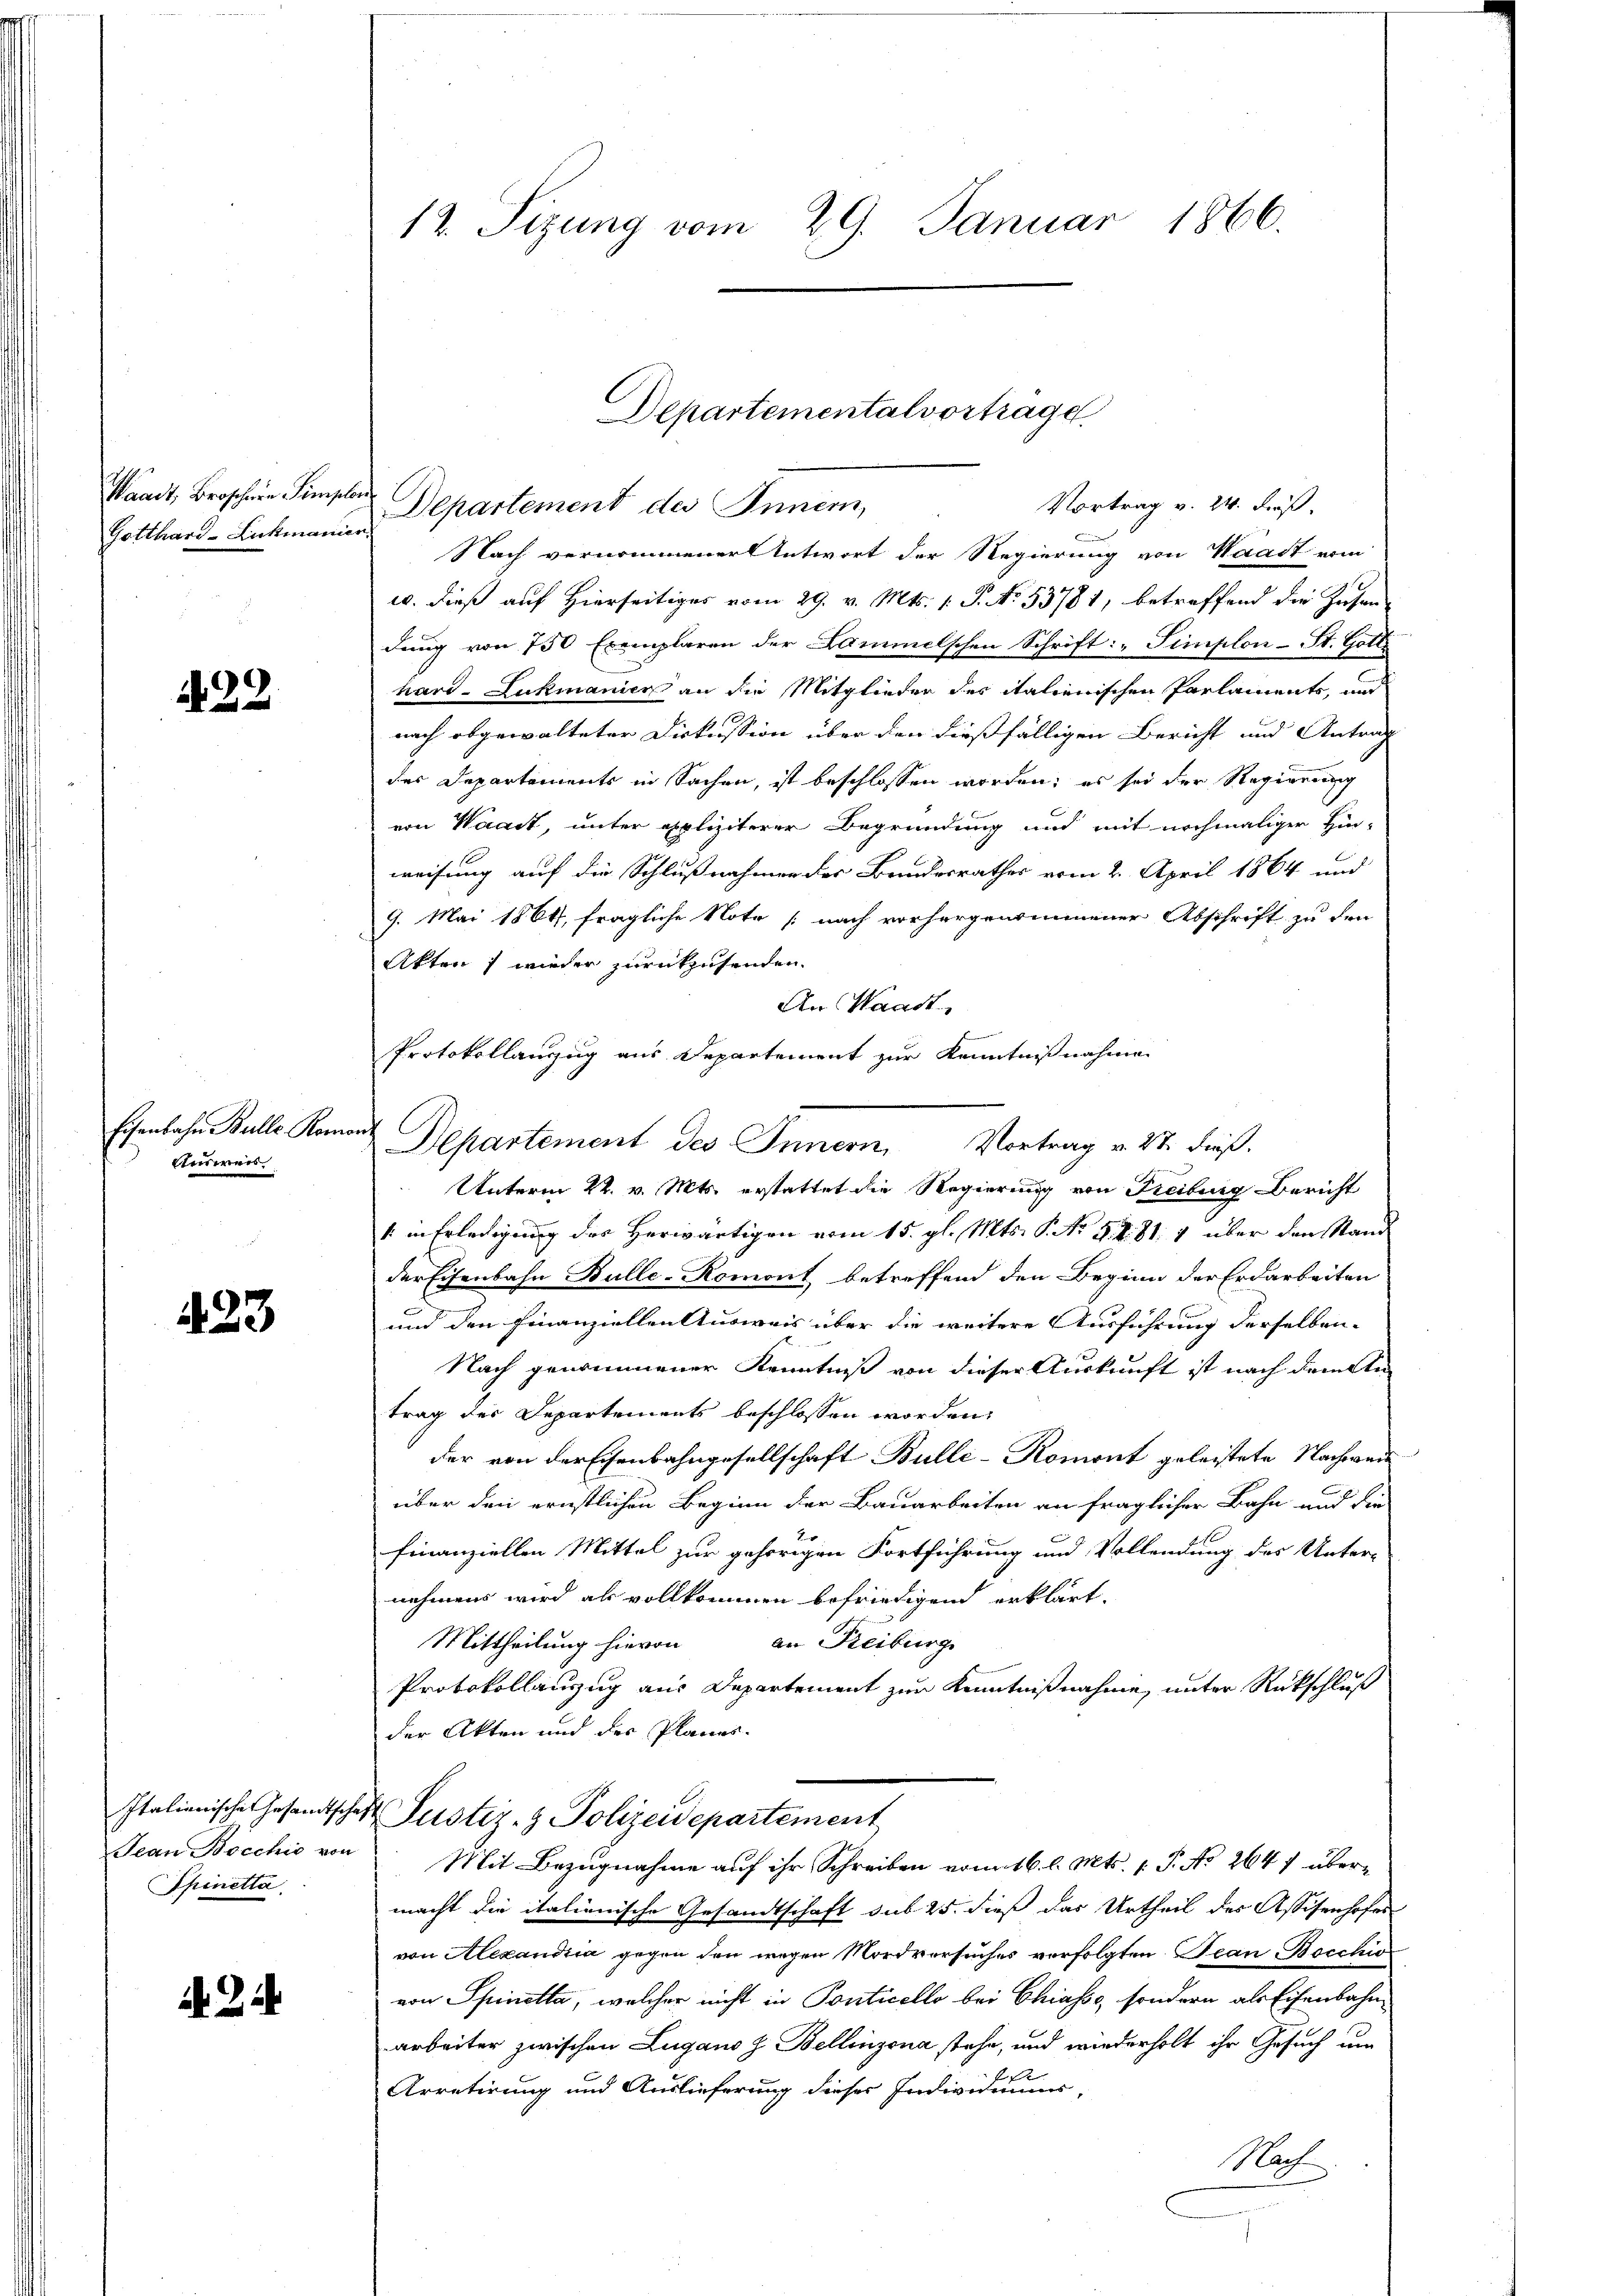
Gotthard-Lickmanier.

22

Eisenbahn Bulle. Romont
Ausweis

423

Thinella

12. Sizung vom 29. Januar 1866.

Waadt, Broschen Simpler Departement des Innen,
E
Nach vernommener Antwort der Regierung von Waadt vom
u. dieß auf Hierseitiges vom 29. v. Mts. 1. P. No. 53781, betreffend die Zahan-
dung von 750 Exemplaren der Lammelschen Schrift: „Simplon-St. Gotti
hard-Lukmanier an die Mitglieden des italienischen Parlaments, und
nach abgewalteter Diskussion über den dießfälligen Bericht und Antrag
des Departements in Sachen, ist beschlossen worden; es sei der Regierung
von Waadt, unter appliziterer Begründung und mit nochmaliger Hin-
weisung auf die Schlußnahmen der Bundesrathes vom 2. April 1864 und
9. Mai 1864, fragliche Note (nach vorhergenommener Abschrift zu den
Akten , wieder zurückzusenden.
An Waadt,
Protokollanzug aus Departement zur Kenntnißnahmen
Unterm 22. v. Mts. erstattet die Regierung von Freiburg Bericht
1 in Erledigung des Herwärtigen vom 15. gl. Mts. S. No. 5. S. 81. 4 über den Stande
der Eisenbahn Bulle-Romont betreffend den Beginn der Erdarbeiten
und den Finanziellen Ausweis über die weitere Ausführung derselben
Nach genommener Kenntniß von dieser Auskunft ist nach dem An-
trag der Departements beschlossen worden.
der von der Eisenbahngesellschaft Bulle-Komont geleistete Nachweiüber den ernstlichen Beginn der Bauarbeiten an fraglicher Bahn und die
2
finanziellen Mittel zur gehörigen Fortführung und Vollendung des Unter-
nehmens wird als vollkommen befriedigend erklärt.
Mittheilung hievon an Freiburg
Protokollauszug aus Departement zur Kenntnißnahme, unter Rückschluß
der Akten und der Planes.
Italienische Gesandtschaft Justiz- & Polizeidepartement
Jean Bocchio von Mit Bezŭgnahme aŭf ihr Schreiben vom 16. l. Mts. 1. P. No. 2647 übermacht die italienische Gesandtschaft sub 25. dieß das Urtheil des Assisenhofes
von Alexandria gegen den wegen Mordversuches verfolgten TeanBocchio
von Spinetta, welcher nicht in Ponticello bei Chiasso, sondern als Eisenbahnarbeiter zwischen Lugano z. Bellinzona stehe, und wiederholt ihr Gesuch um
Arretirung und Auslieferung dieses Individuums-
Pof

Departementalvortrage.
Vortrag v. 24. Fuß.

Departement des Innern, Vortrag v. 27. dieß.